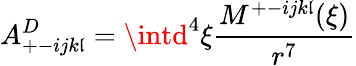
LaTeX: A_{+-ijk\mathfrak{l}}^{D}=\intd^{4}\xi\frac{{M^{+-ijk\mathfrak{l}}(\xi)}}{{r^{7}}}